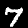
Digit: 7